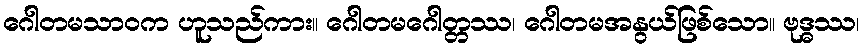
ဂေါတမသာဝက ဟူသည်ကား။ ဂေါတမဂေါတ္တဿ၊ ဂေါတမအနွယ်ဖြစ်သော။ ဗုဒ္ဓဿ၊